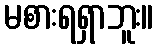
မစားရရှာဘူး။